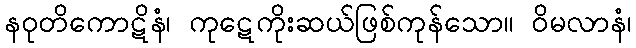
နဝုတိကောဋိနံ၊ ကုဋေကိုးဆယ်ဖြစ်ကုန်သော။ ဝိမလာနံ၊